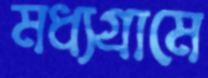
মধ্যগ্রামে